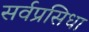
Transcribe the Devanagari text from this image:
सर्वप्रसिधा